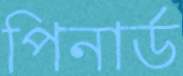
পিনার্ড